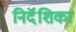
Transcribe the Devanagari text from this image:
निर्दॆशिका